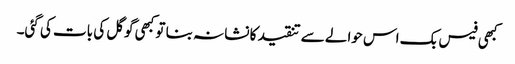
کبھی فیس بک اس حوالے سے تنقید کا نشانہ بنا تو کبھی گوگل کی بات کی گئی۔